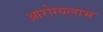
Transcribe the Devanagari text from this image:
आरोग्यलाभ